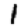
Digit: 1